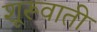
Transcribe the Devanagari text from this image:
शूरूवाती